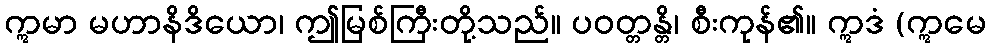
ဣမာ မဟာနိဒိယော၊ ဤမြစ်ကြီးတို့သည်။ ပဝတ္တန္တိ၊ စီးကုန်၏။ ဣဒံ (ဣမေ